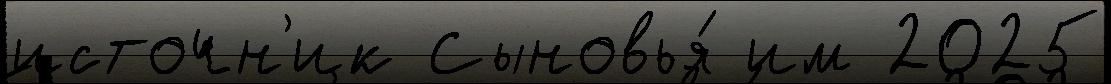
источн'ик Сыновья́ им 2025